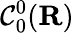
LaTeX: {\mathcal{C}}_{0}^{0}(\mathbf{R})